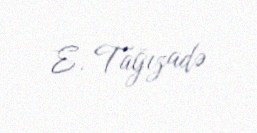
E. Tağızadə